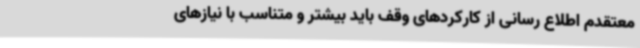
معتقدم اطلاع رسانی از کارکردهای وقف باید بیشتر و متناسب با نیازهای